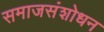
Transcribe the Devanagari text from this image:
समाजसंशोधन